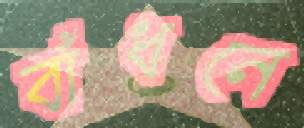
বাঁধনে